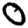
Digit: 0